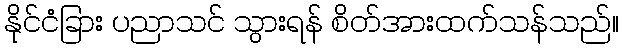
နိုင်ငံခြား ပညာသင် သွားရန် စိတ်အားထက်သန်သည်။